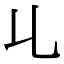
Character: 𠃏